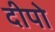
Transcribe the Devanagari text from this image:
दीपो